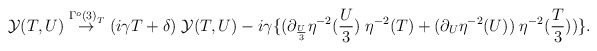
\begin{align*}{\cal Y}(T,U) \stackrel{{\Gamma^o(3)}_T}{\rightarrow} (i \gamma T + \delta )\; {\cal Y}(T,U) - i \gamma\{ (\partial_{\frac{U}{3}} \eta^{-2}(\frac{U}{3}) \;\eta^{-2}(T) + (\partial_U \eta^{-2}(U)) \;\eta^{-2}(\frac{T}{3})) \}. \end{align*}